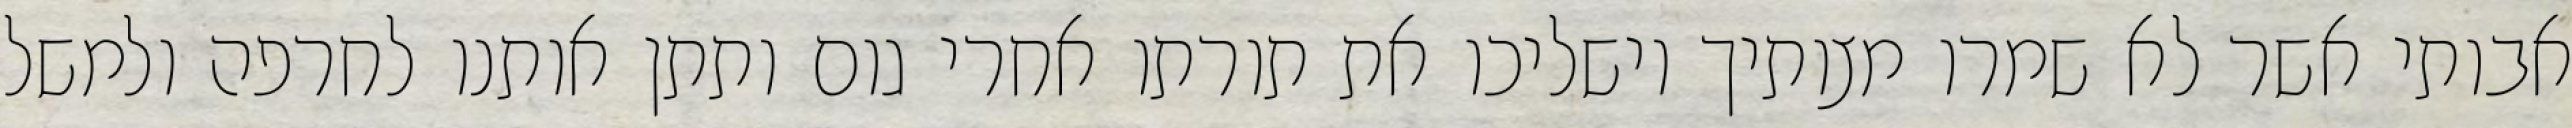
אבותי אשר לא שמרו מצותיך וישליכו את תורתו אחרי גום ותתן אותנו לחרפה ולמשל